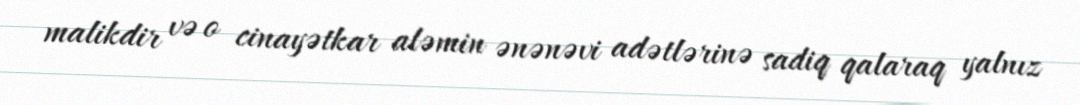
malikdir və o cinayətkar aləmin ənənəvi adətlərinə sadiq qalaraq yalnız